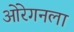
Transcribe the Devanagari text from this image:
ओरेगनला